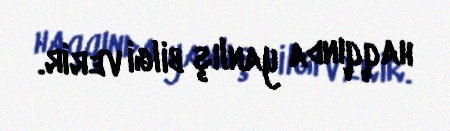
haqqında yanlış bilgi verir.